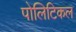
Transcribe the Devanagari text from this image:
पोलिटिकल